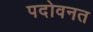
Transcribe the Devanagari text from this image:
पदोवनत